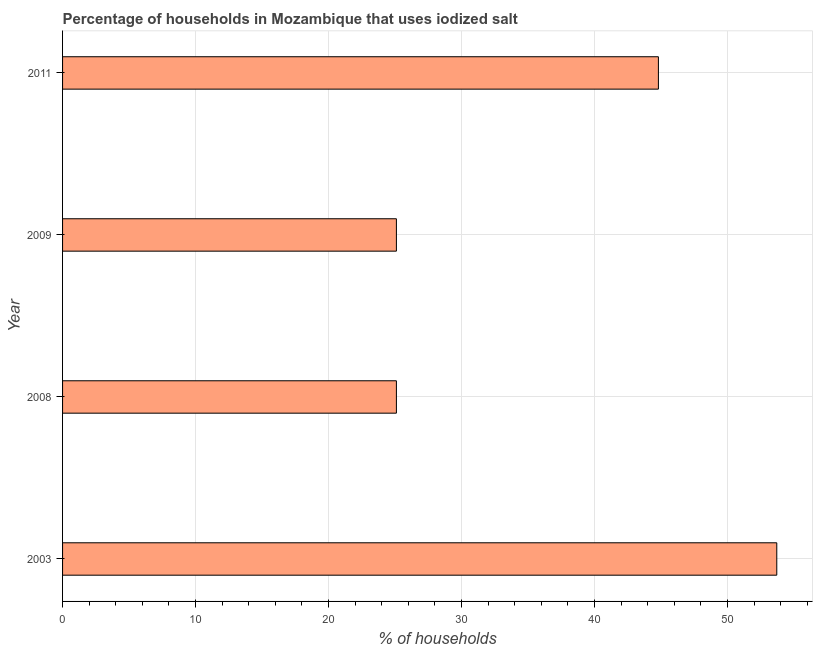
| Year | Consumption of iodized salt |
 | --- | --- |
 | 2003 | 53.7 |
 | 2008 | 25.1 |
 | 2009 | 25.1 |
 | 2011 | 44.8 |